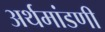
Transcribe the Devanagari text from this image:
अर्थमांडणी